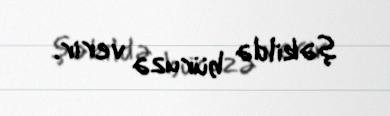
şəkildə büruzə verir.